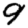
Digit: 9